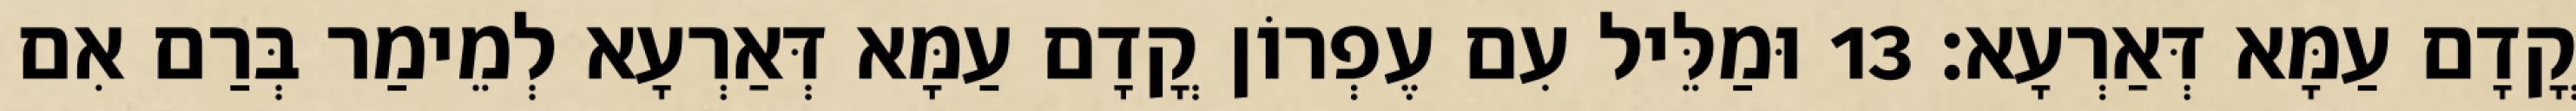
קֳדָם עַמָּא דְּאַרְעָא׃ 13 וּמַלֵּיל עִם עֶפְרוֹן קֳדָם עַמָּא דְּאַרְעָא לְמֵימַר בְּרַם אִם